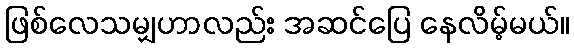
ဖြစ်လေသမျှဟာလည်း အဆင်ပြေ နေလိမ့်မယ်။